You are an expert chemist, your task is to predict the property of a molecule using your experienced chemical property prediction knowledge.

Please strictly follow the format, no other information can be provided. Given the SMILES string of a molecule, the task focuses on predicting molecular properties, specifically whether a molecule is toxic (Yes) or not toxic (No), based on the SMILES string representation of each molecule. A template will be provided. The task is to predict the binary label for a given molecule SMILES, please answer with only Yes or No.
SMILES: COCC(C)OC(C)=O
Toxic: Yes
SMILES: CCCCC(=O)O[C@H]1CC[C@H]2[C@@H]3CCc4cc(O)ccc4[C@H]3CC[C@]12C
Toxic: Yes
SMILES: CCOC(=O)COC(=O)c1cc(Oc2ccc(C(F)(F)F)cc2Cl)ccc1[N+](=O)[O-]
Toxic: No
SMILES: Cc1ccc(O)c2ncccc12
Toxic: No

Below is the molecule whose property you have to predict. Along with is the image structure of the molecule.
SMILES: CC(O)c1ccccc1
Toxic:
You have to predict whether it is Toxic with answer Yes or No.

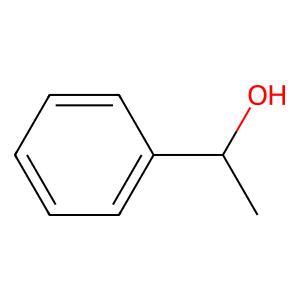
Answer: No